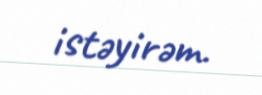
istəyirəm.